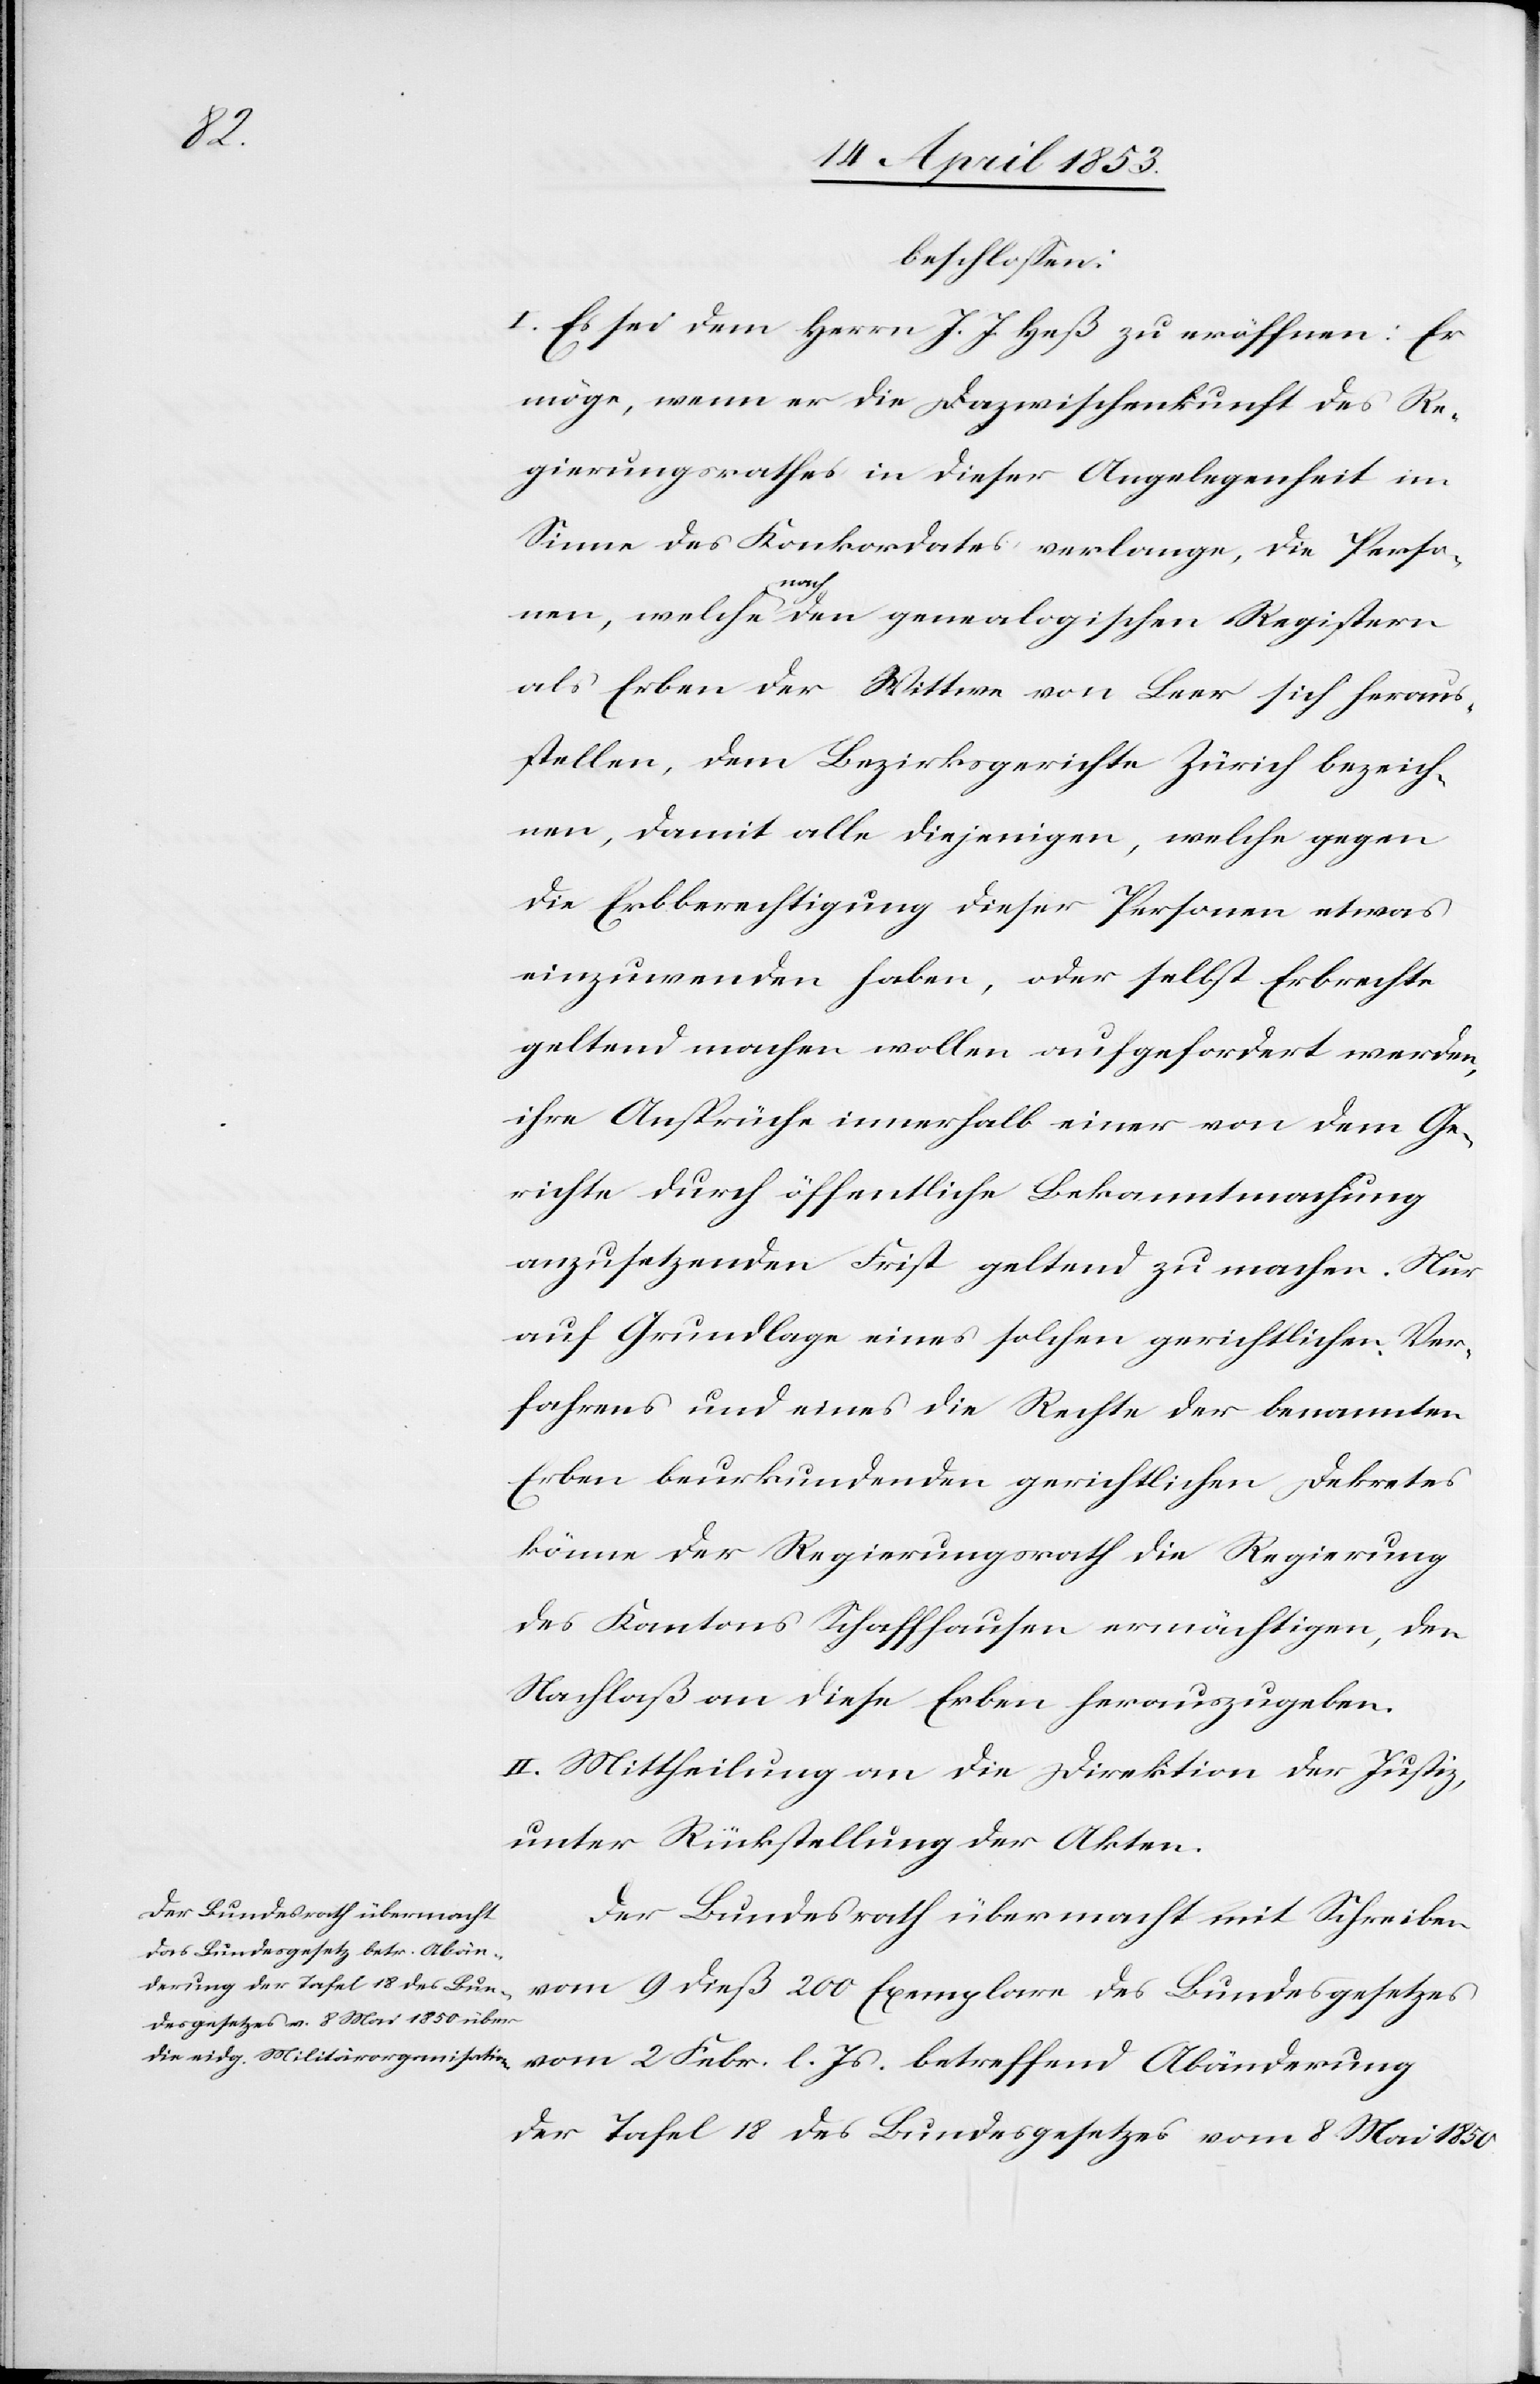
Js.

beschloßen:
I. Es sei dem Herrn J. J. Heß zu eröffnen: Er
möge, wenn er die Dazwischenkunft des Re¬
gierungsrathes in dieser Angelegenheit im
Sinne des Konkordates verlange, die Perso¬
nen, welche nach den genealogischen Registern
als Erben der Wittwe von Beer sich heraus¬
stellen, dem Bezirksgerichte Zürich bezeich¬
nen, damit alle diejenigen, welche gegen
die Erbberechtigung dieser Personen etwas
einzuwenden haben, oder selbst Erbrechte
geltend machen wollen aufgefordert werden,
ihre Ansprüche innerhalb einer von dem Ge¬
richte durch öffentliche Bekanntmachung
anzusetzenden Frist geltend zu machen. Nur
auf Grundlage eines solchen gerichtlichen Ver¬
fahrens und eines die Rechte der benannten
Erben beurkundenden gerichtlichen Dekretes
könne der Regierungsrath die Regierung
des Kantons Schaffhausen ermächtigen, den
Nachlaß an diese Erben herauszugeben.
II. Mittheilung an die Direktion der Justiz,
unter Rückstellung der Akten.
Der Bundesrath übermacht mit Schreiben
betreffend Abänderung
vom 9 dieß 200 Exemplare des Bundesgesetzes
der Tafel 18 des Bundesgesetzes vom 8 Mai 1850